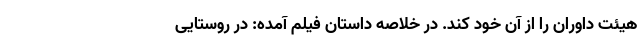
هیئت داوران را از آن خود کند. در خلاصه داستان فیلم آمده: در روستایی